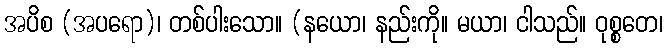
အပိစ (အပရော)၊ တစ်ပါးသော။ (နယော၊ နည်းကို။ မယာ၊ ငါသည်။ ဝုစ္စတေ၊